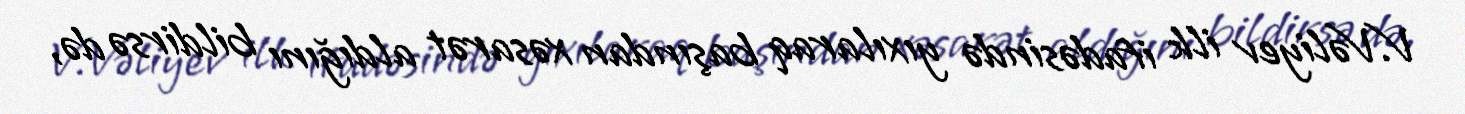
V.Vəliyev ilk ifadəsində yıxılaraq başından xəsarət aldığını bildirsə də,